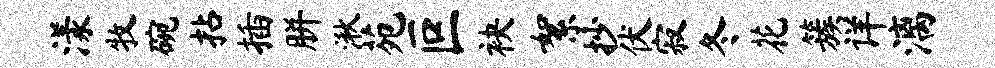
漾牧碗拈插胼湫苑叵袂絮抄伏寂冬花簇详漓